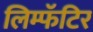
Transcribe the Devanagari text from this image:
लिम्फॅटिर